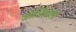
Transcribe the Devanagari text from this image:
जोर्जियाला